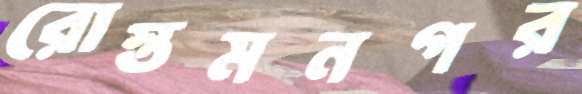
রোস্তমনগর